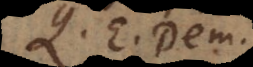
Q. E. Dem.